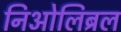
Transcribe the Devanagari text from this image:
निओलिब्रल